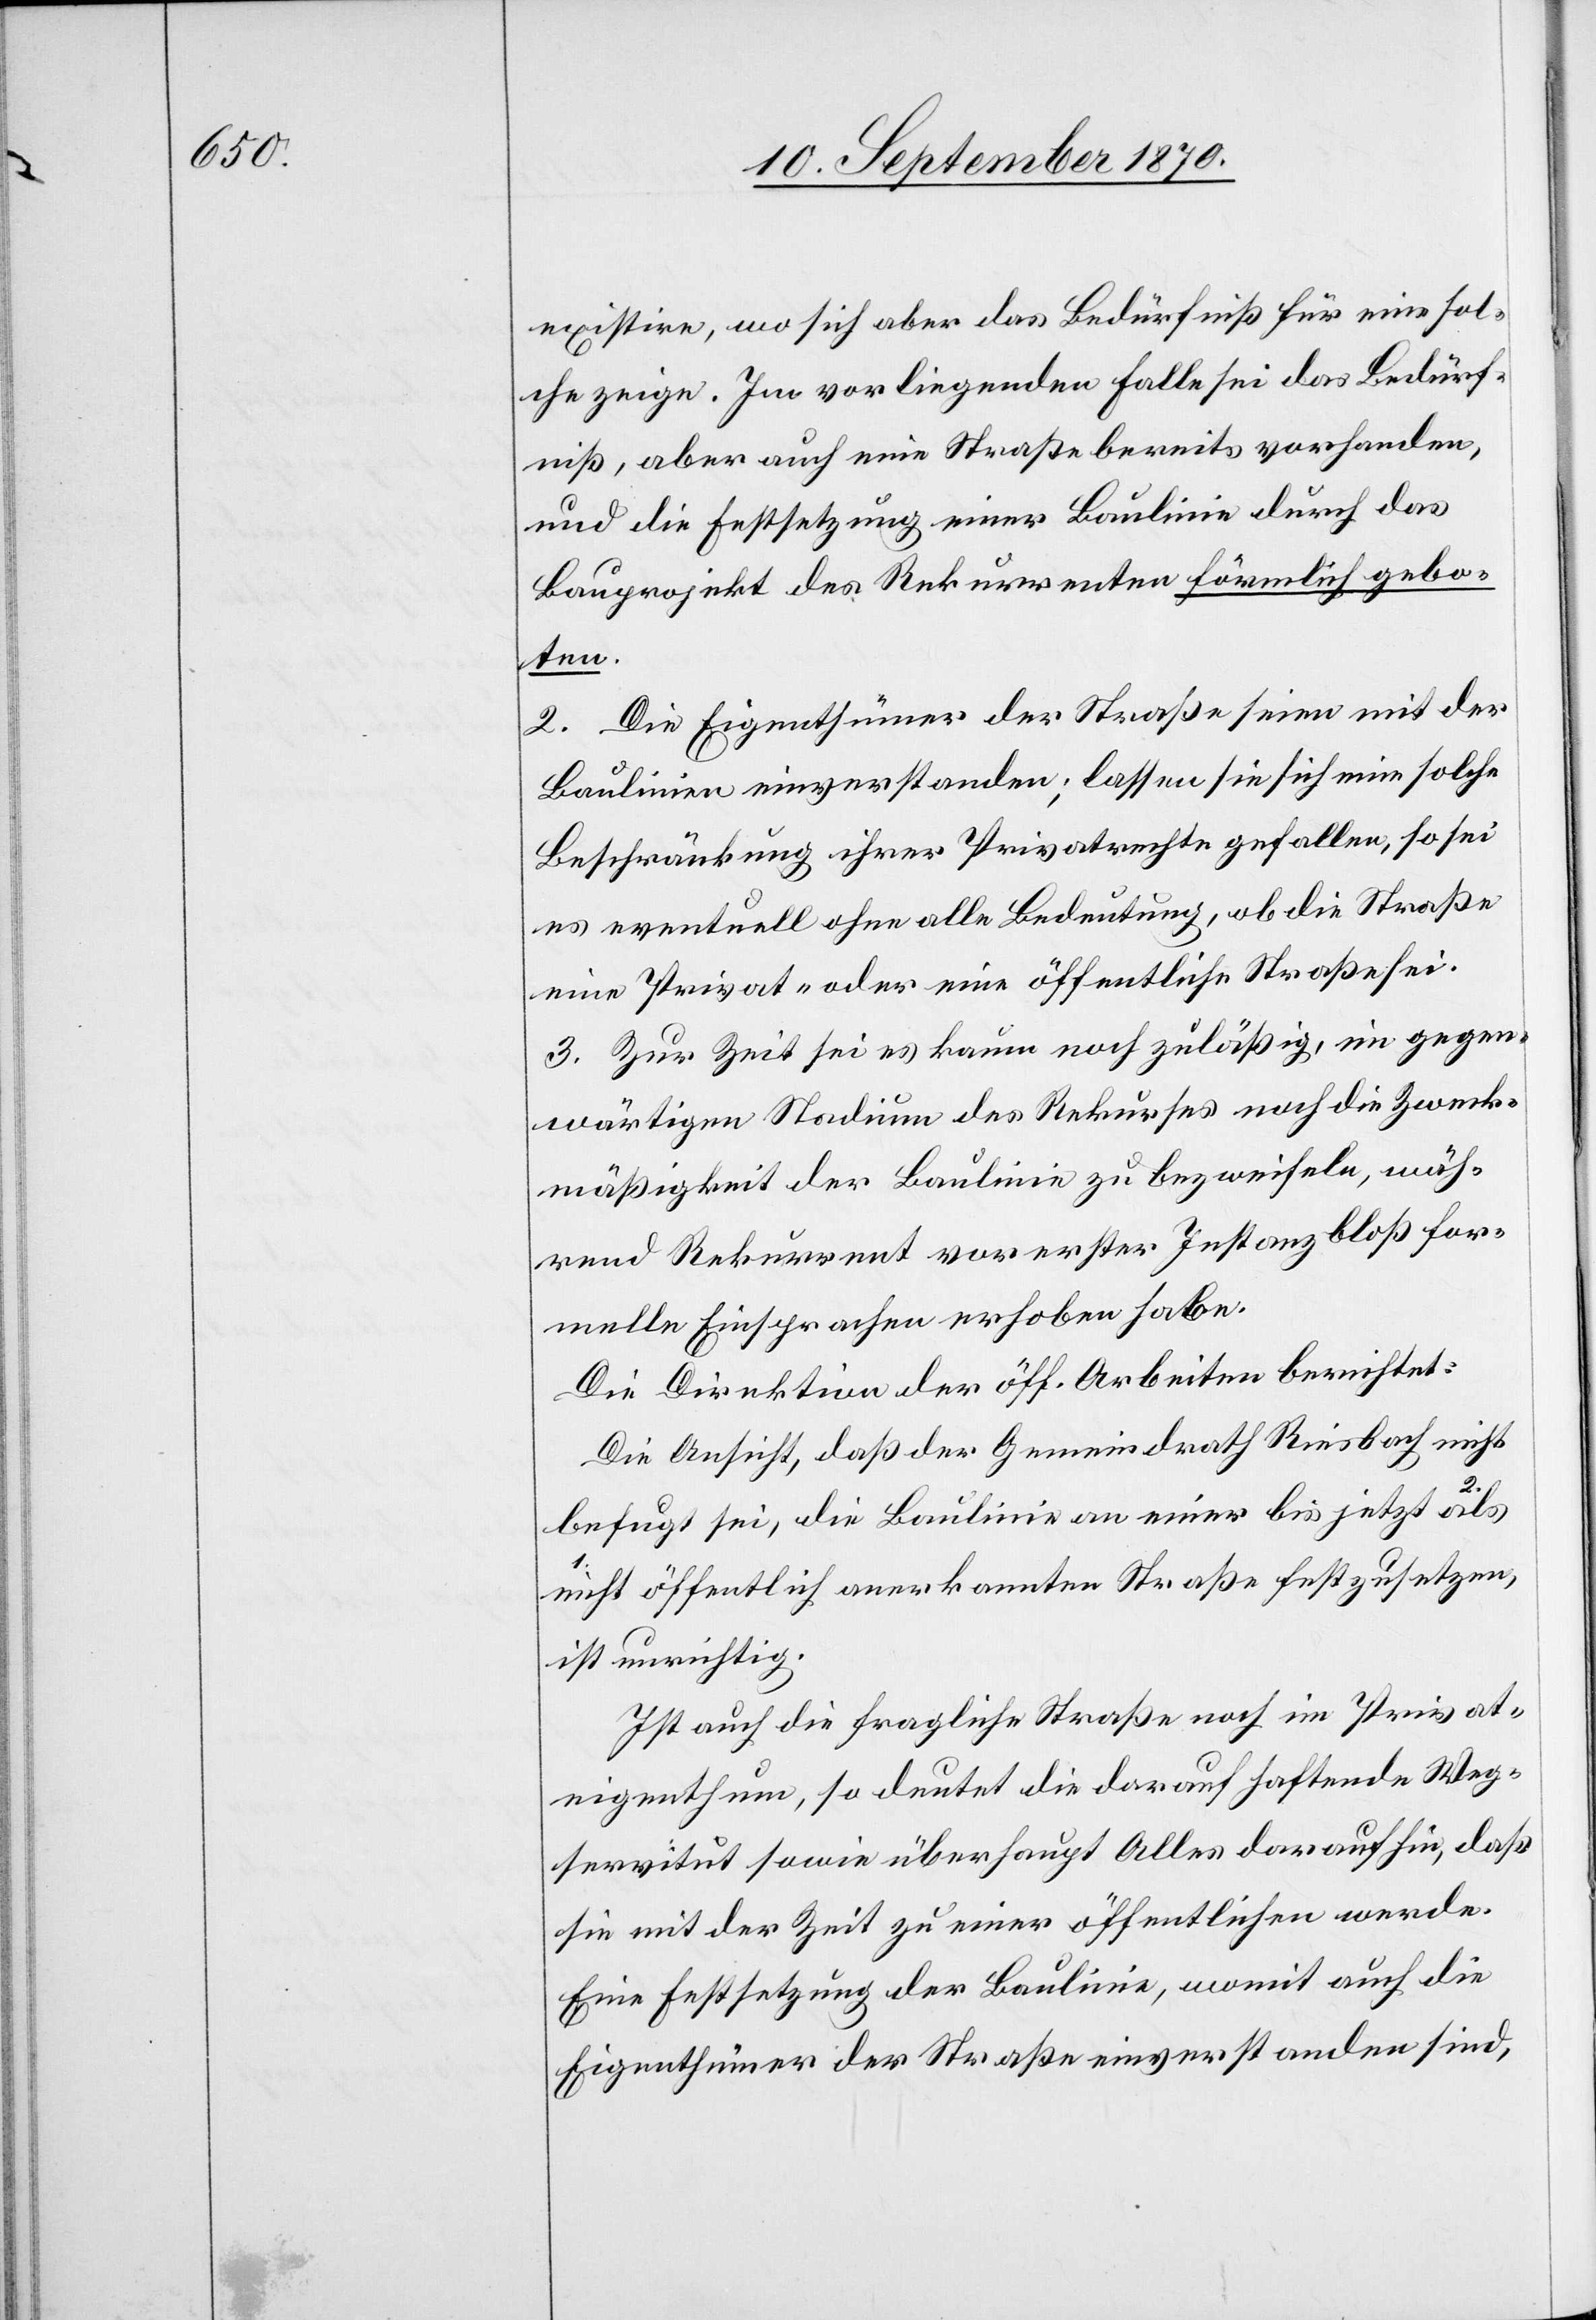
existire, wo sich aber das Bedürfniß für eine sol¬
che zeige. Im vorliegenden Falle sei das Bedürf¬
niß, aber auch eine Straße bereits vorhanden,
und die Festsetzung einer Baulinie durch das
Bauprojekt des Rekurrenten förmlich gebo¬
ten.
2. Die Eigenthümer der Straße seien mit der
Baulinie [sic!] einverstanden; lassen sie sich eine solche
Beschränkung ihrer Privatrechte gefallen, so sei
es eventuell ohne alle Bedeutung, ob die Straße
eine Privat- oder eine öffentliche Straße sei.
3. Zur Zeit sei es kaum noch zuläßig, im gegen¬
wärtigen Stadium des Rekurses noch die Zweck¬
mäßigkeit der Baulinie zu bezweifeln, wäh¬
rend Rekurrent vor erster Instanz bloß for¬
melle Einsprachen erhoben habe.
Die Direktion der öff. Arbeiten berichtet:
Die Ansicht, daß der Gemeindrath Riesbach nicht
befugt sei, die Baulinie an einer bis jetzt a als
als-a öffentlich anerkannten Straße festzusetzen,
ist unrichtig.
Ist auch die fragliche Straße noch im Privat¬
eigenthum, so deutet die darauf haftende Weg¬
servitut sowie überhaupt Alles darauf hin, daß
sie mit der Zeit zu einer öffentlichen werde.
Eine Festsetzung der Baulinie, womit auch die
Eigenthümer der Straße einverstanden sind,